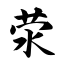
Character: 荥